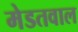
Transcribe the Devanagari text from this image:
मेडतवाल